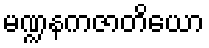
မဏ္ဍနကဇာတိယော